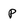
Character: p